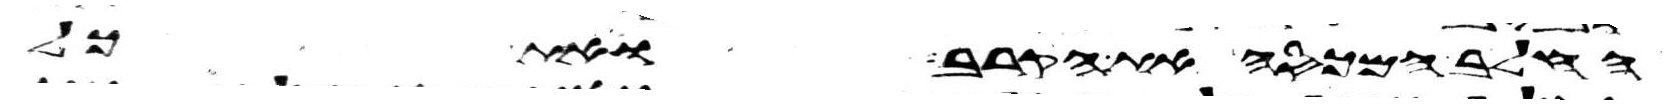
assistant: החלב המכסה את הקרב ואת כל